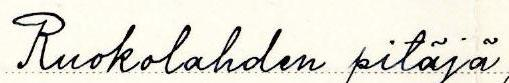
Ruokolahden pitäjä